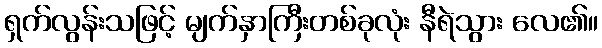
ရှက်လွန်းသဖြင့် မျက်နှာကြီးတစ်ခုလုံး နီရဲသွား လေ၏။